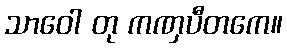
သာဝေါ တု ကဏှပီတကေ။